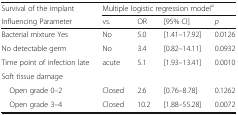
<table><thead><tr><td><b>Survival of the implant</b></td><td colspan="4"><b>Multiple logistic regression model<sup>a</sup></b></td></tr><tr><td><b>Influencing Parameter</b></td><td><b>vs.</b></td><td><b>OR</b></td><td><b>[95% CI]</b></td><td><b><i>p</i></b></td></tr></thead><tbody><tr><td>Bacterial mixture Yes</td><td>No</td><td>5.0</td><td>[1.41–17.92]</td><td>0.0126</td></tr><tr><td>No detectable germ</td><td>No</td><td>3.4</td><td>[0.82–14.11]</td><td>0.0932</td></tr><tr><td>Time point of infection late</td><td>acute</td><td>5.1</td><td>[1.93–13.41]</td><td>0.0010</td></tr><tr><td colspan="5">Soft tissue damage</td></tr><tr><td> Open grade 0–2</td><td>Closed</td><td>2.6</td><td>[0.76–8.78]</td><td>0.1262</td></tr><tr><td> Open grade 3–4</td><td>Closed</td><td>10.2</td><td>[1.88–55.28]</td><td>0.0072</td></tr></tbody></table>